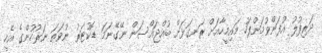
ދަރިފުލު އުފަންވުމަށްފަހު މައިމީހާއަށް ރަނގަޅަށް ބުއްޖައްސަން ނޭގޭނަމަ ޑޮކުޓަރު ނުވަތަ ނަރުހުންގެ އެހީ